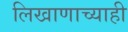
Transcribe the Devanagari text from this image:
लिखाणाच्याही